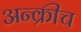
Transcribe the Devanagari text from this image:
अन्क्रीच